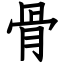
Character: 骨